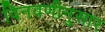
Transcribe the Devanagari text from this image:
विनवणीनुसार